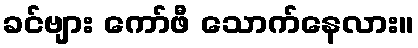
ခင်ဗျား ကော်ဖီ သောက်နေလား။